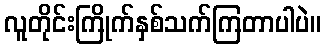
လူတိုင်းကြိုက်နှစ်သက်ကြတာပါပဲ။